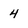
Character: 4